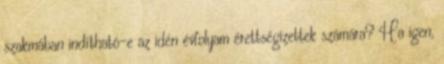
szakmában indítható-e az idén évfolyam érettségizettek számára? Ha igen,